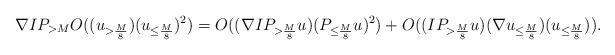
LaTeX: \begin{align*}\nabla I P_{> M} O((u_{> \frac{M}{8}})(u_{\leq \frac{M}{8}})^{2}) = O((\nabla I P_{> \frac{M}{8}} u)(P_{\leq \frac{M}{8}} u)^{2}) + O((I P_{> \frac{M}{8}} u)(\nabla u_{\leq \frac{M}{8}})(u_{\leq \frac{M}{8}})).\end{align*}